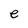
Character: e